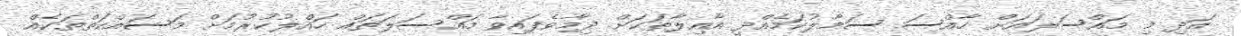
އަދި މި މައްސަލައަށް ހާއްސަ ސަމާލުކަމެއްދީ އާއިލާތަކަށް ދިމާވެފައިވާ މައްސަލަތައް ހައްލުކުރުމަށް މަސައްކަތްތަކެއް